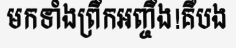
មកទាំងព្រឹកអញ្ចឹង!គឺបង